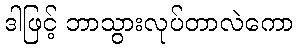
ဒါဖြင့် ဘာသွားလုပ်တာလဲကော